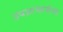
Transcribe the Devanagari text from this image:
उपप्राचार्यपद